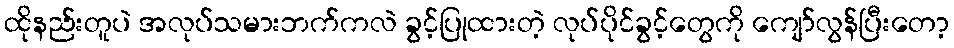
ထိုနည်းတူပဲ အလုပ်သမားဘက်ကလဲ ခွင့်ပြုထားတဲ့ လုပ်ပိုင်ခွင့်တွေကို ကျော်လွန်ပြီးတော့